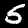
Digit: 5